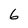
Character: 6